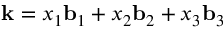
\mathbf { k } = x _ { 1 } \mathbf { b } _ { 1 } + x _ { 2 } \mathbf { b } _ { 2 } + x _ { 3 } \mathbf { b } _ { 3 }